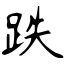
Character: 跌